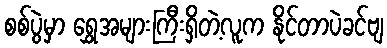
စစ်ပွဲမှာ ရွှေအများကြီးရှိတဲ့လူက နိုင်တာပဲခင်ဗျ